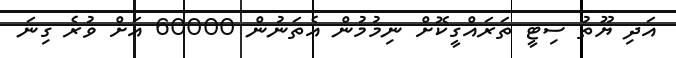
އަދި ޔޫތު ސިޓީ ތަރައްގީކޮށް ނިމުމުން އެތަނުން 60000 އަށް ވުރެ ގިނަ